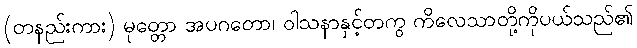
(တနည်းကား) မုတ္တော အပဂတော၊ ဝါသနာနှင့်တကွ ကိလေသာတို့ကိုပယ်သည်၏